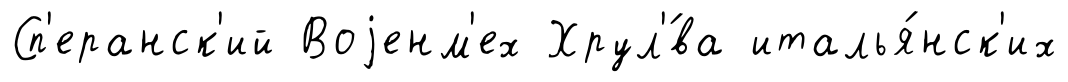
Сп'еранск'ий Воjенм'ех Хрул'́ва италья́нск'их